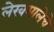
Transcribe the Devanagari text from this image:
लेखमालेचे